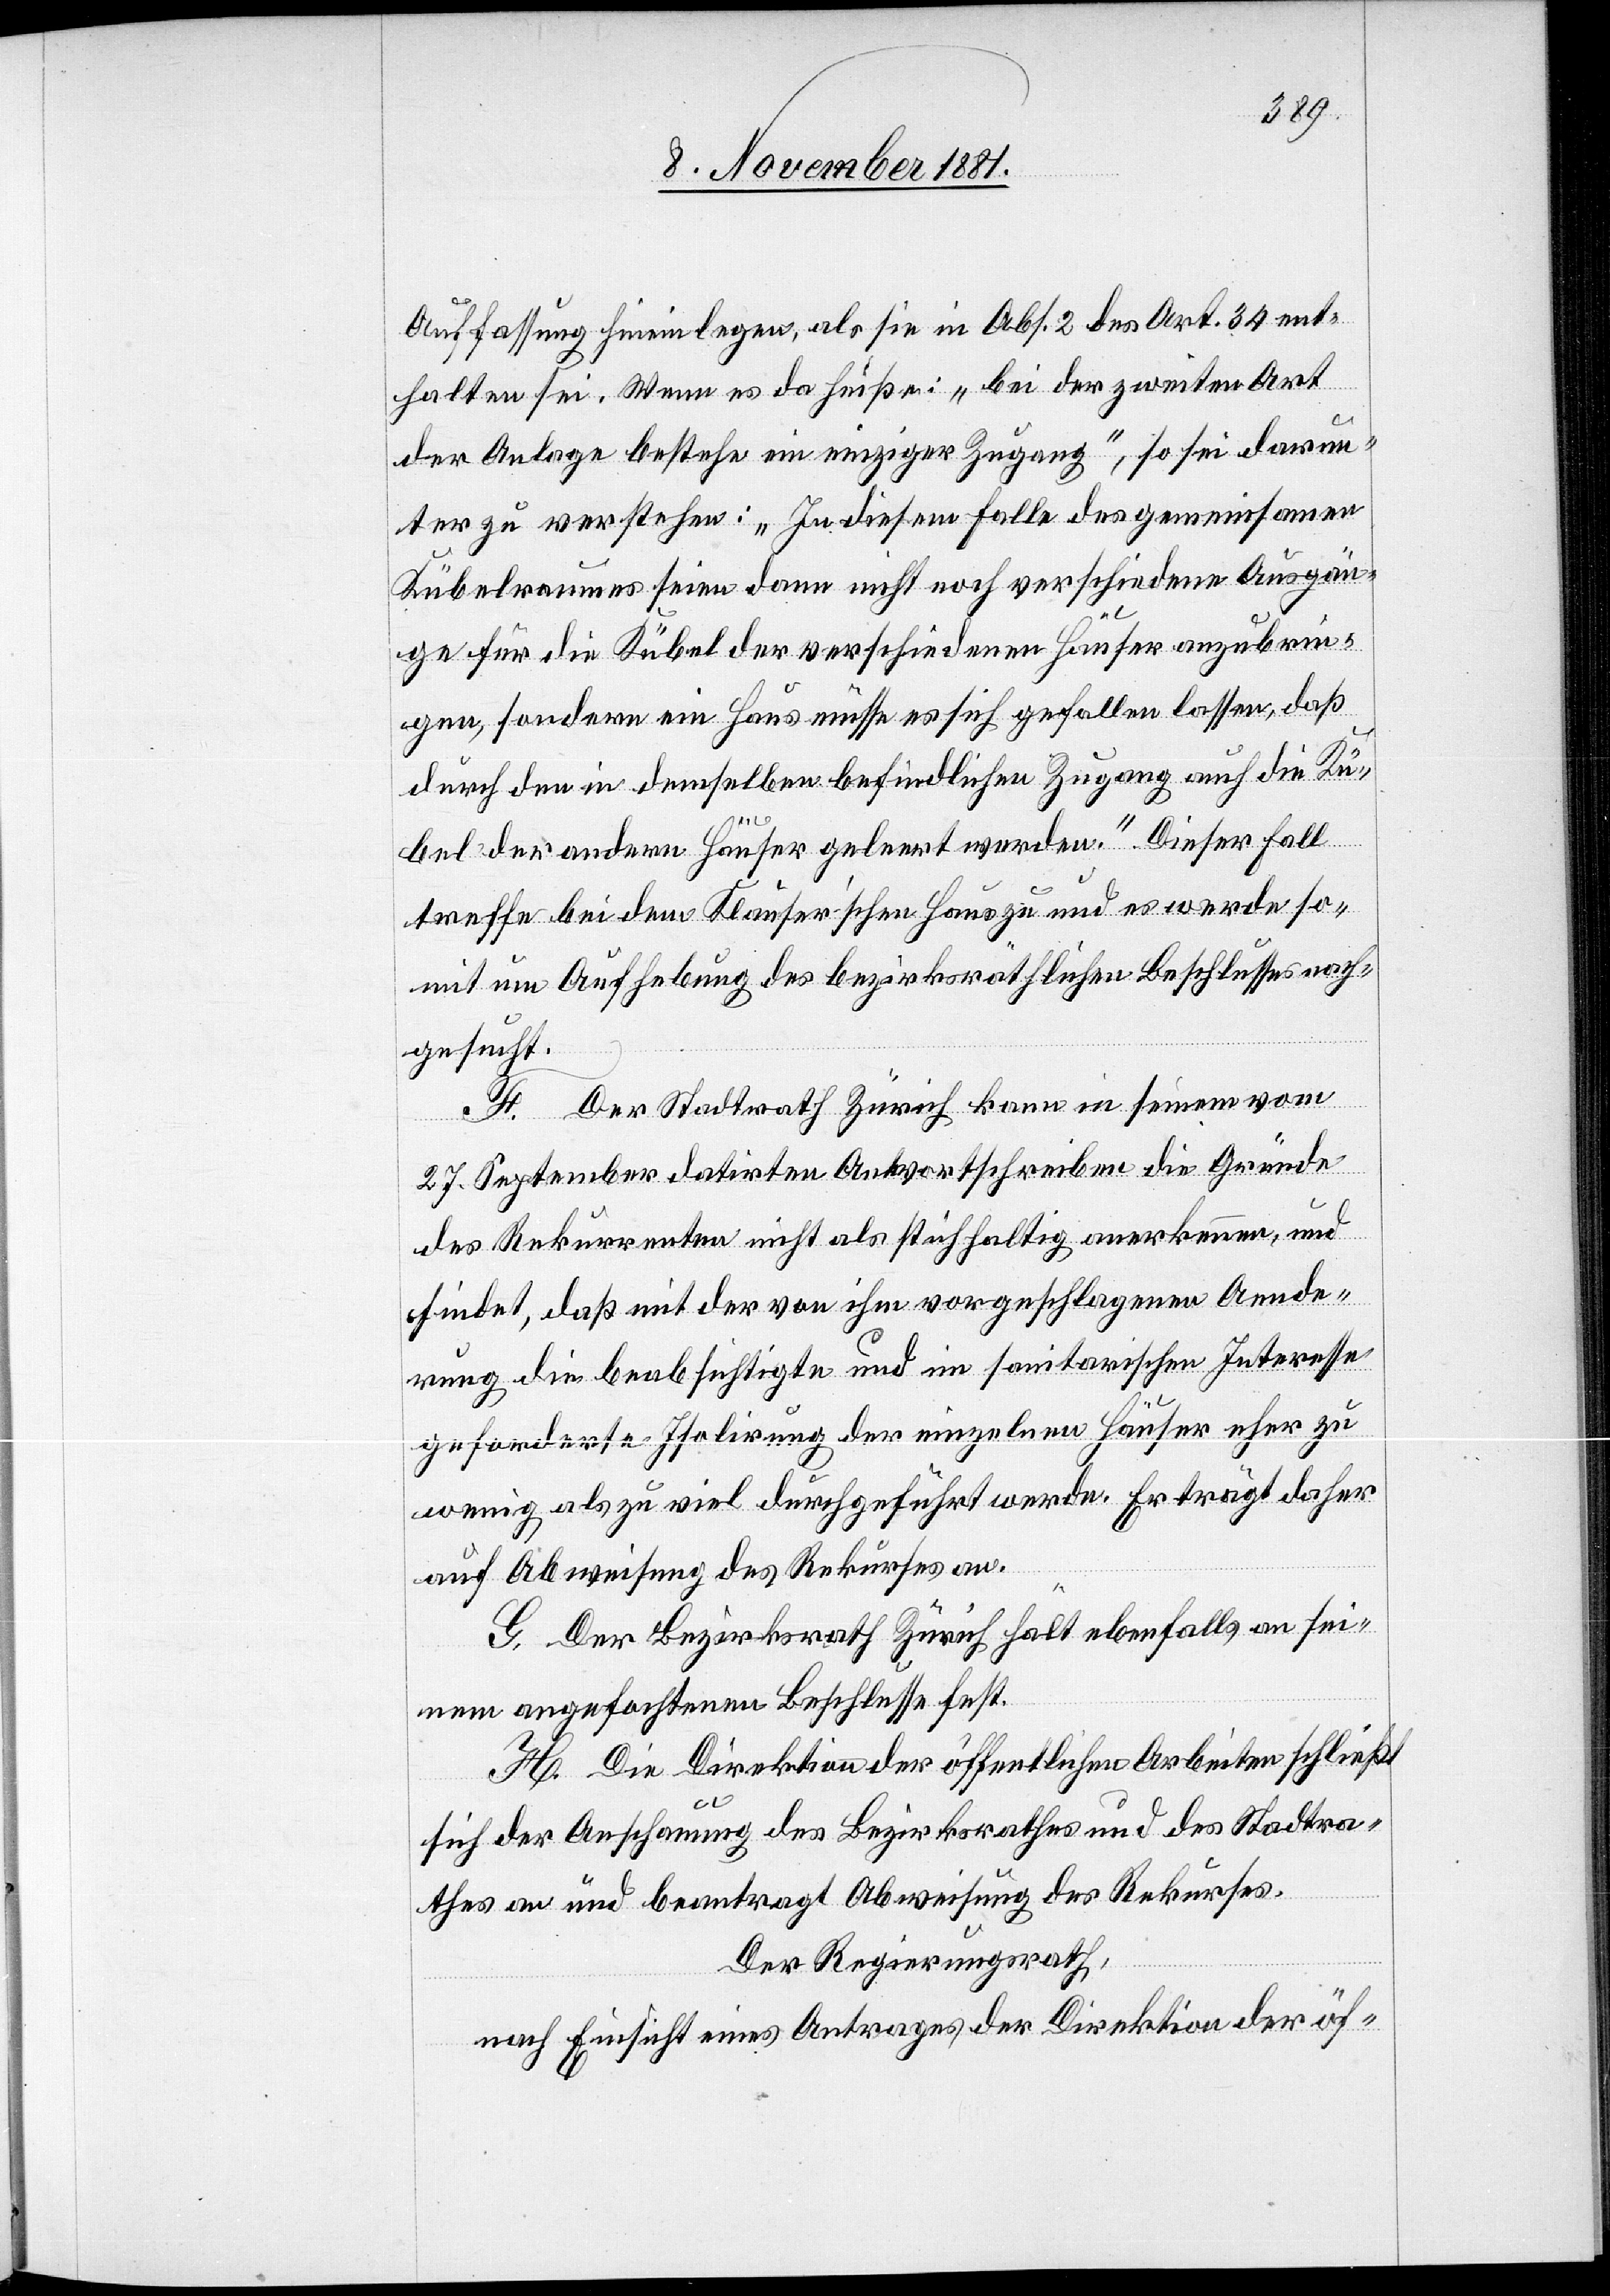
Auffassung hineinlegen, als sie in Abs. 2 des Art. 34 ent¬
halten sei. Wenn es da heiße: „bei der zweiten Art
der Anlage bestehe ein einziger Zugang“, so sei darun¬
ter zu verstehen: „In diesem Falle des gemeinsamen
Kübelraumes seien dann nicht noch verschiedene Ausgän¬
ge für die Kübel der verschiedenen Häuser anzubrin¬
gen, sondern ein Haus müsse es sich gefallen lassen, daß
durch den in demselben befindlichen Zugang auch die Kü¬
bel der andern Häuser geleert werden.“ Dieser Fall
treffe bei dem Klauser’schen Haus zu und es werde so¬
mit um Aufhebung des bezirksräthlichen Beschlusses nach¬
gesucht.
Der Stadtrath Zürich kann in seinem vom
27. September datirten Antwortschreiben die Gründe
des Rekurrenten nicht als stichhaltig anerkennen, und
findet, daß mit der von ihm vorgeschlagenen Aende¬
rung die beabsichtigte und im sanitarischen Interesse
geforderte Isolirung der einzelnen Häuser eher zu
wenig als zu viel durchgeführt werde. Er trägt daher
auf Abweisung des Rekurses an.
G. Der Bezirksrath Zürich hält ebenfalls an sei¬
nem angefochtenen Beschlusse fest.
H. Die Direktion der öffentlichen Arbeiten schließt
sich der Anschauung des Bezirksrathes und des Stadtra¬
thes an und beantragt Abweisung des Rekurses.
Der Regierungsrath,
nach Einsicht eines Antrages der Direktion der öf-